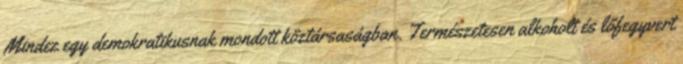
Mindez egy demokratikusnak mondott köztársaságban. Természetesen alkoholt és lőfegyvert